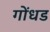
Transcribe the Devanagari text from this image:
गोंधड